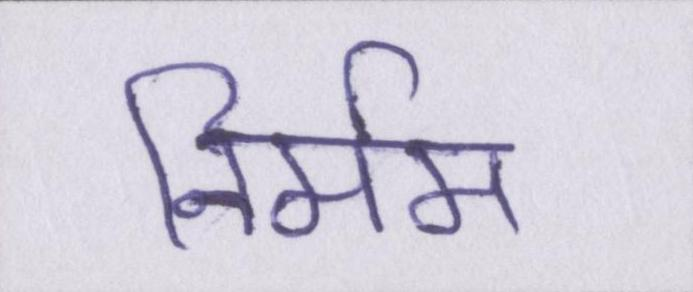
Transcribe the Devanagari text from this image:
निर्मम